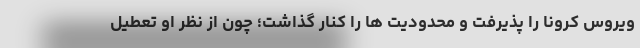
ویروس کرونا را پذیرفت و محدودیت ها را کنار گذاشت؛ چون از نظر او تعطیل